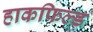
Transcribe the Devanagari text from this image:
हाकफिल्ड